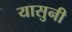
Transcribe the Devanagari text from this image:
यासुनी